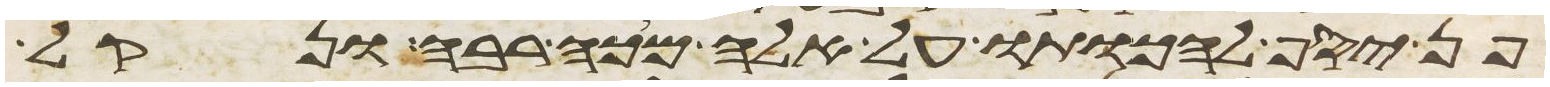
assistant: פן יסף להכותו על אלה מכה רבה ונקל